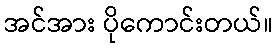
အင်အား ပိုကောင်းတယ်။